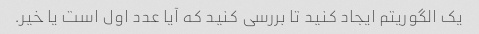
یک الگوریتم ایجاد کنید تا بررسی کنید که آیا عدد اول است یا خیر.